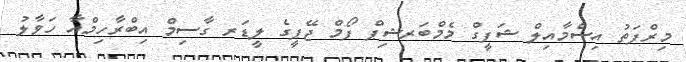
މިރްފަތު އިސްމާއިލް ޝަފީގް މެމްބަރޝިޕް ފޯމް ޖޭޕީގެ ލީޑަރ ގާސިމް އިބްރާހިމްއާ ހަވާލު